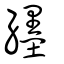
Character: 纆